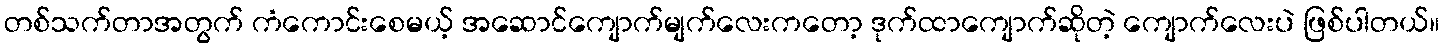
တစ်သက်တာအတွက် ကံကောင်းစေမယ့် အဆောင်ကျောက်မျက်လေးကတော့ ဒုက်ထာကျောက်ဆိုတဲ့ ကျောက်လေးပဲ ဖြစ်ပါတယ်။